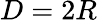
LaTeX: D=2R